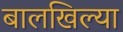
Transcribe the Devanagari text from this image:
बालखिल्या